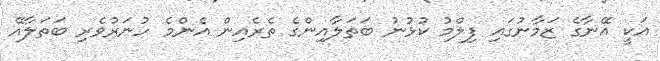
އަކީ އޭނާގެ ޒަމާނުގައި ފިލްމު ކުޅުނު ބަތަލާއިންގެ ތެރެއިން އެންމެ ހުނަރުވެރި ބަތަލާއޭ